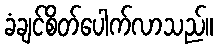
ခံချင်စိတ်ပေါက်လာသည်။